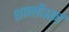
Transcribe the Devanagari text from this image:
शान्लीऊर्फ़ा